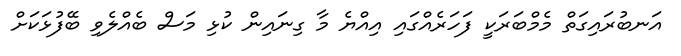
އަނބުރައިގަތް މެމްބަރަކީ ފަހަރެއްގައި އިއްޔެ މާ ގިނައިން ކުޅި މަސް ބެއްލެވި ބޭފުޅަކަށް